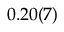
0 . 2 0 ( 7 ) \